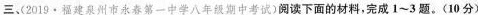
三、2019·福建泉州市永春第一中学八年级期中考试)阅读下面的材料，完成1~3题。(10分)